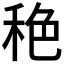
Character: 𱶅